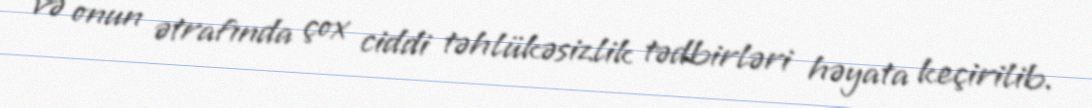
və onun ətrafında çox ciddi təhlükəsizlik tədbirləri həyata keçirilib.